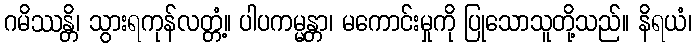
ဂမိဿန္တိ၊ သွားရကုန်လတ္တံ့။ ပါပကမ္မန္တာ၊ မကောင်းမှုကို ပြုသောသူတို့သည်။ နိရယံ၊